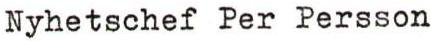
Nyhetschef Per Persson